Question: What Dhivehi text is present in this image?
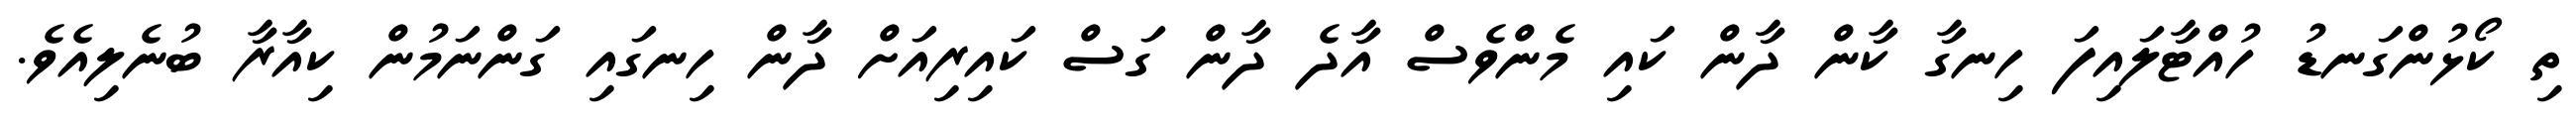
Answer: ތި ކޯޅުންގަނޑު ހުއްޓާލައިފަ ހިނގާ ކާން ދާން ކައި މެންވެސް އާދެ ދާން ގަސް ކައިރިއަށް ދާން ހިނގައި ގަންނަމުން ކިއާރާ ބުނެލިއެވެ.